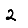
Digit: 2